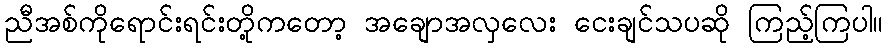
ညီအစ်ကိုရောင်းရင်းတို့ကတော့ အချောအလှလေး ငေးချင်သပဆို ကြည့်ကြပါ။